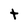
Character: t